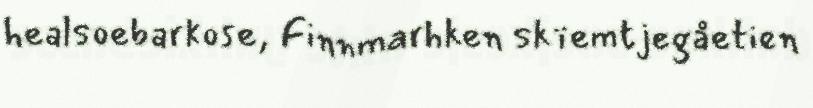
healsoebarkose, Finnmarhken skïemtjegåetien